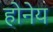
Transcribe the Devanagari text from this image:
होनेय